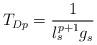
LaTeX: \begin{align*}T_{Dp}= \frac{1}{l_s^{p+1} g_s}\end{align*}